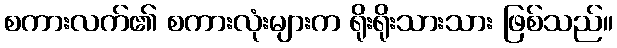
စကားလက်၏ စကားလုံးများက ရိုးရိုးသားသား ဖြစ်သည်။